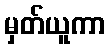
မှတ်ယူကာ